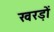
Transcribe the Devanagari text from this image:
खरड़ों